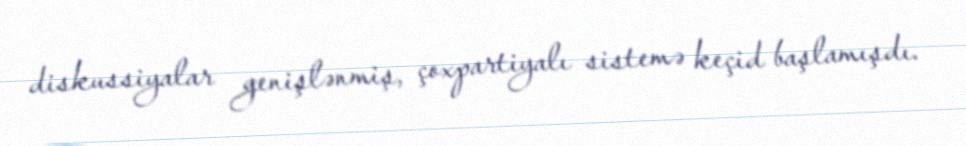
diskussiyalar genişlənmiş, çoxpartiyalı sistemə keçid başlamışdı.